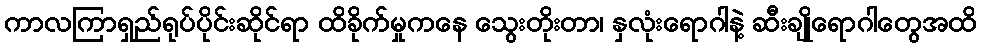
ကာလကြာရှည်ရုပ်ပိုင်းဆိုင်ရာ ထိခိုက်မှုကနေ သွေးတိုးတာ၊ နှလုံးရောဂါနဲ့ ဆီးချိုရောဂါတွေအထိ